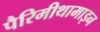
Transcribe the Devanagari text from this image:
पैरिमीथामाइन